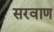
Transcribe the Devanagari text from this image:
सरवाण